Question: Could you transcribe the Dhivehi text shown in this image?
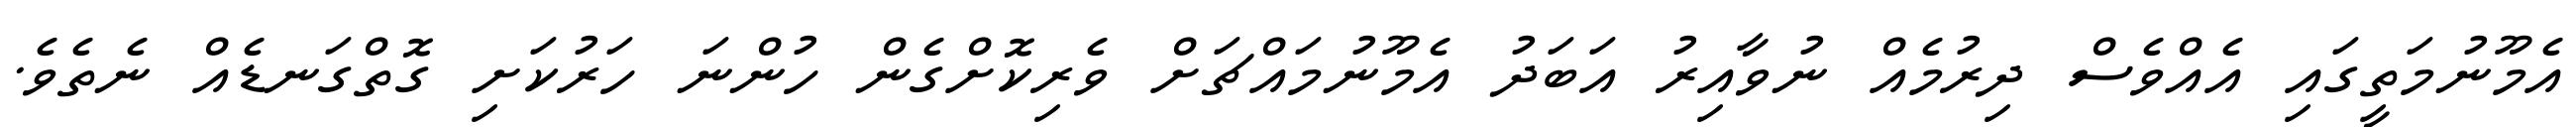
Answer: އެމޫނުމަތީގައި އެއްވެސް ދިރުމެއް ނުވާއިރު އަބަދު އެމޫނުމައްޗަށް ވެރިކޮށްގެން ހުންނަ ހަރުކަށި ގޮތްގަނޑެއް ނެތެވެ.